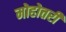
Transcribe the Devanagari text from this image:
मोहोत्तरी